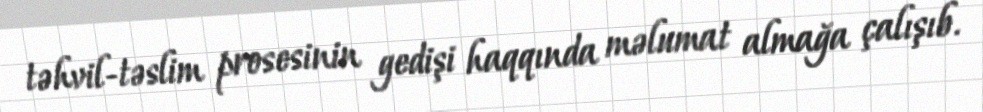
təhvil-təslim prosesinin gedişi haqqında məlumat almağa çalışıb.